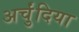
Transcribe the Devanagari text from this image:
अर्चुंदिया